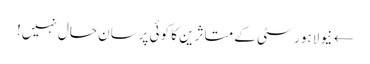
← نیو لاہور سٹی کے متاثرین کا کوئی پرسان حال نہیں!